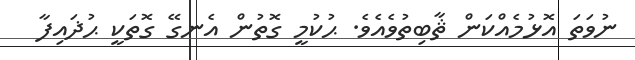
ނުވަތަ އޮޅުމެއްކަން ޘާބިތުވެއެވެ. ޙުކުމީ ގޮތުން އެނގޭ ގޮތަކީ ޙުޛައިފާ